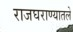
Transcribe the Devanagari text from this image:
राजघराण्यातले